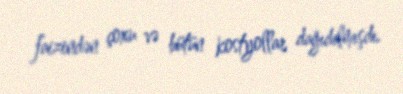
faizindən çoxu və bütün kostyollar dağıdılmışdı.